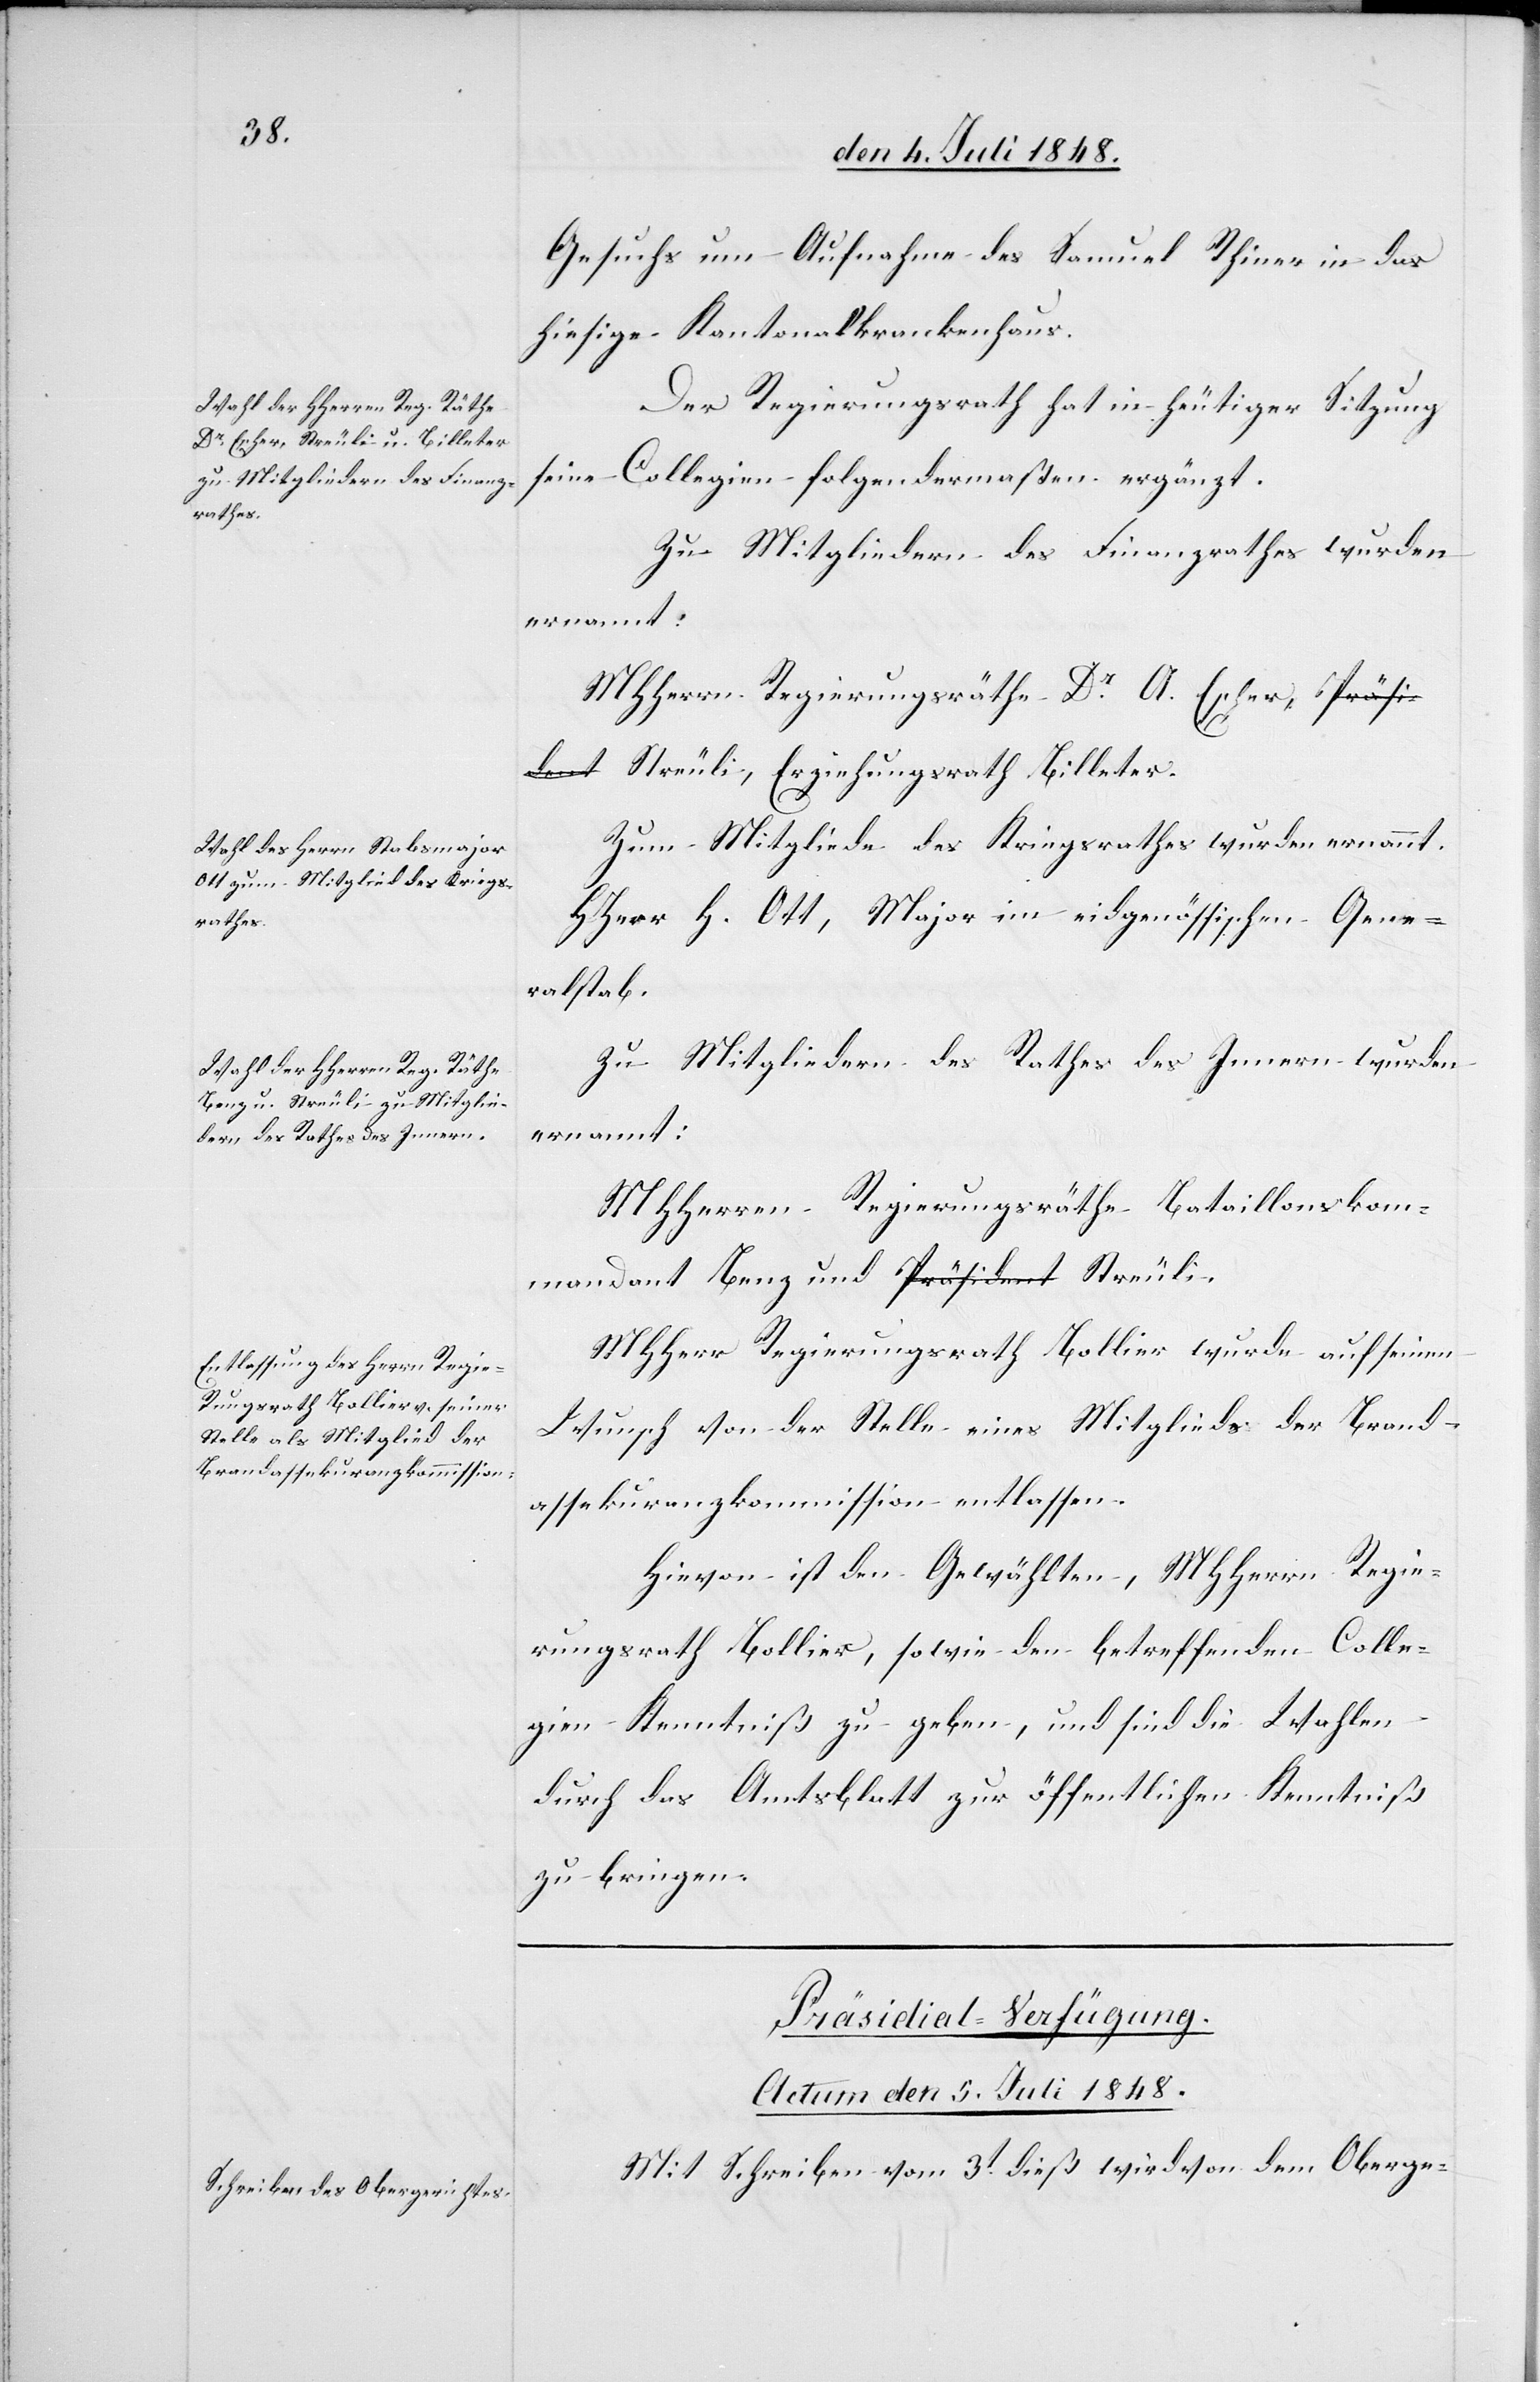
Gesuchs um Aufnahme des Samuel Rhiner
hiesige Kantonalkrankenhaus.
Der Regierungsrath hat in heutiger Sitzung
seine Collegien folgendermaßen ergänzt.
Zu Mitgliedern des Finanzrathes wurden
ernannt:
MHHerrn Regierungsräthe Dr A. Escher a-Präsi¬
dent-a Streuli, Erziehungsrath Billeter.
Zum Mitgliede des Kriegsrathes wurden ernannt.
HHerr H. Ott, Major im eidgenössischen Gene¬
ralstab.
Zu Mitgliedern des Rathes des Innern wurden
ernannt:
MHHerren Regierungsräthe Bataillonskom¬
mandant Benz und a-Präsident-a Streuli.
MHHerr Regierungsrath Bollier wurde auf seinen
Wunsch von der Stelle eines Mitgliedes der Brand¬
assekuranzkommission entlassen.
Hievon ist den Gewählten, MHHerrn Regie¬
rungsrath Bollier, sowie den betreffenden Colle¬
gien Kenntniß zu geben, und sind die Wahlen
durch das Amtsblatt zur öffentlichen Kenntniß
zu bringen.
Präsidial-Verfügung.
Actum den 5. Juli 1848.
Mit Schreiben vom 3t dieß wird von dem Oberge-